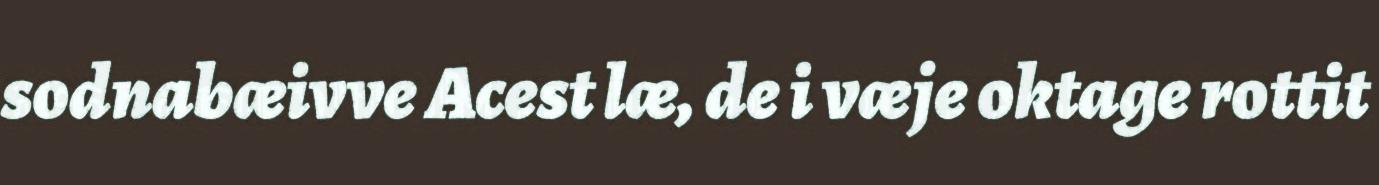
sodnabæivve Acest læ, de i væje oktage rottit